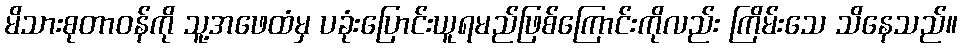
မိသားစုတာဝန်ကို သူ့အဖေထံမှ ပခုံးပြောင်းယူရမည်ဖြစ်ကြောင်းကိုလည်း ကြိမ်းသေ သိနေသည်။